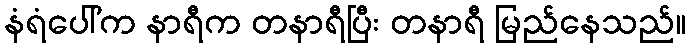
နံရံပေါ်က နာရီက တနာရီပြီး တနာရီ မြည်နေသည်။